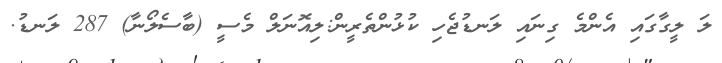
ލަ ލީގާގައި އެންމެ ގިނައި ލަނޑުޖެހި ކުޅުންތެރީން:ލިއޮނަލް މެސީ (ބާސެލޯނާ) 287 ލަނޑު.